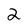
Character: 2